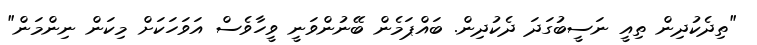
"ތިދެކުދިން ތިއީ ނަސީބުގަދަ ދެކުދިން. ބައްޕަމެން ބޭނުންވަނީ ވީހާވެސް އަވަހަކަށް މިކަން ނިންމަން"